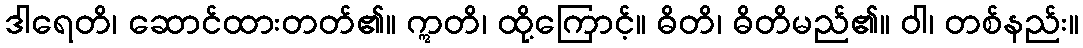
ဒါရေတိ၊ ဆောင်ထားတတ်၏။ ဣတိ၊ ထို့ကြောင့်။ ဓိတိ၊ ဓိတိမည်၏။ ဝါ၊ တစ်နည်း။